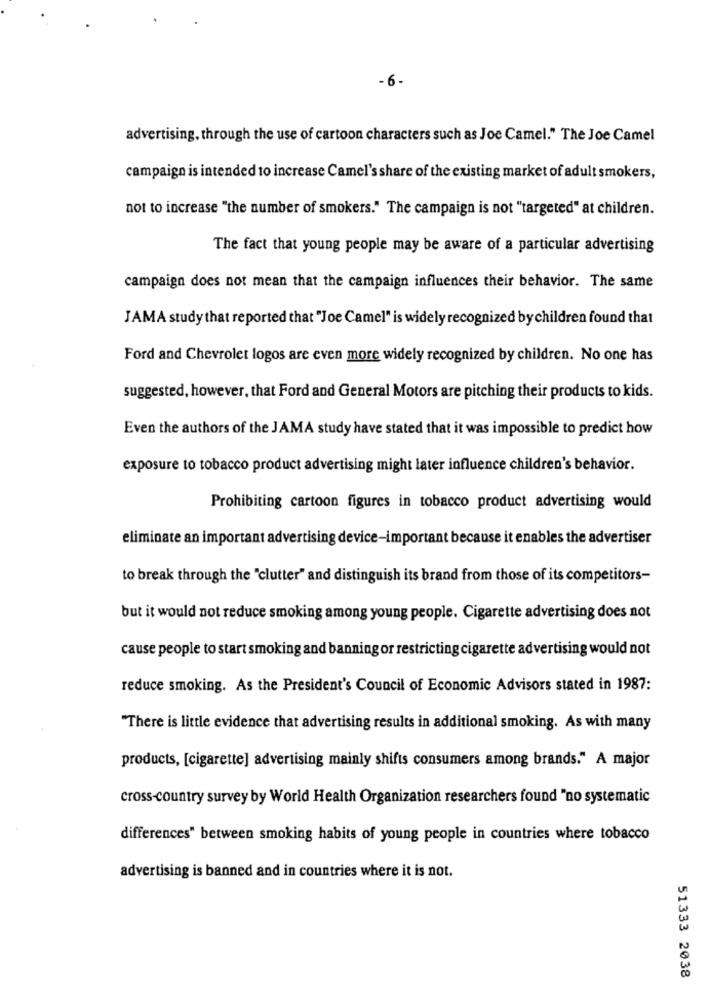
- 6-
advertising, through the use of cartoon characters such as Joe Camel." The Joe Camel
campaign is intended to increase Camel's share of the existing market of adult smokers,
not to increase "the number of smokers." The campaign is not "targeted" at children.
The fact that young people may be aware of a particular advertising
campaign does not mean that the campaign influences their behavior. The same
JAMA study that reported that "Joe Camel" is widely recognized by children found that
Ford and Chevrolet logos are even more widely recognized by children. No one has
suggested, however, that Ford and General Motors are pitching their products to kids.
Even the authors of the JAMA study have stated that it was impossible to predict how
exposure to tobacco product advertising might later influence children's behavior.
Prohibiting cartoon figures in tobacco product advertising would
eliminate an important advertising device-important because it enables the advertiser
to break through the "clutter" and distinguish its brand from those of its competitors-
but it would not reduce smoking among young people. Cigarette advertising does not
cause people to start smoking and banning or restricting cigarette advertising would not
reduce smoking. As the President's Council of Economic Advisors stated in 1987:
"There is little evidence that advertising results in additional smoking. As with many
products, [cigarette] advertising mainly shifts consumers among brands." A major
cross-country survey by World Health Organization researchers found "no systematic
differences" between smoking habits of young people in countries where tobacco
advertising is banned and in countries where it is not.
51333 2038